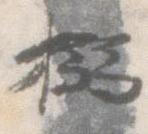
搦